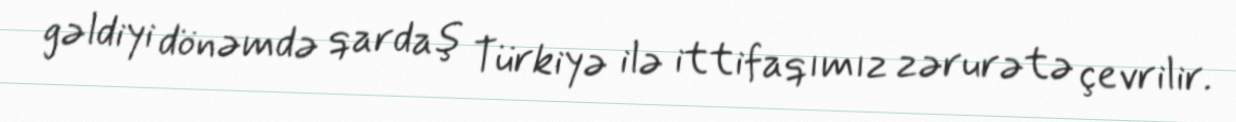
gəldiyi dönəmdə qardaş Türkiyə ilə ittifaqımız zərurətə çevrilir.